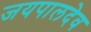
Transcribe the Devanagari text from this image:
जयपालदेव